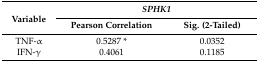
<table><thead><tr><td rowspan="2"><b>Variable</b></td><td colspan="2"><b><i>SPHK1</i></b></td></tr><tr><td><b>Pearson Correlation</b></td><td><b>Sig. (2-Tailed)</b></td></tr></thead><tbody><tr><td>TNF-α</td><td>0.5287 *</td><td>0.0352</td></tr><tr><td>IFN-γ</td><td>0.4061</td><td>0.1185</td></tr></tbody></table>